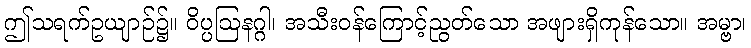
ဤသရက်ဥယျာဉ်၌။ ဝိပ္ပဩနဂ္ဂါ၊ အသီးဝန်ကြောင့်ညွတ်သော အဖျားရှိကုန်သော။ အမ္ဗာ၊